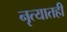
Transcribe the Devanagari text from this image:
नृत्यातही